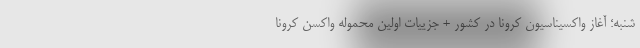
شنبه؛ آغاز واکسیناسیون کرونا در کشور + جزییات اولین محموله واکسن کرونا